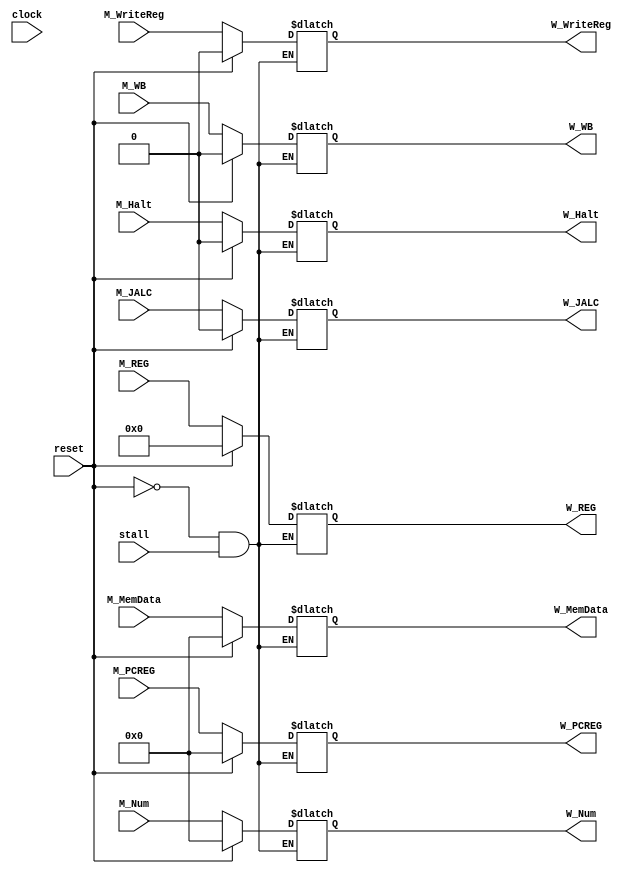
module MEM_WB_Buffer(
  input clock, stall, reset, M_Halt,
  input M_WriteReg, M_WB,
  input[31:0] M_MemData, M_Num, 
  input[4:0] M_REG,
  input M_JALC,
  input[31:0] M_PCREG,
  output reg W_Halt,
  output reg W_WriteReg, W_WB,
  output reg[31:0] W_MemData, W_Num, 
  output reg[4:0] W_REG,
  output reg W_JALC,
  output reg[31:0] W_PCREG
);

  always @(clock)
    if (reset)
      begin
        W_Halt <= 0;
        W_WriteReg <= 0;
        W_WB <= 0;
        W_MemData <= 0;
        W_Num <= 0;
        W_REG <= 0;
        W_JALC <= 0;
        W_PCREG <= 0;
      end
    else if (~stall)
      begin
        W_Halt <= M_Halt;
        W_WriteReg <= M_WriteReg;
        W_WB <= M_WB;
        W_MemData <= M_MemData;
        W_Num <= M_Num;
        W_REG <= M_REG;
        W_JALC <= M_JALC;
        W_PCREG <= M_PCREG;
      end 
      
endmodule